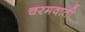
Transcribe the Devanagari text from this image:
चरमवाती